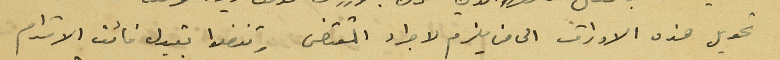
تحويل هذه الاوراق الى من يلزم لاجراء المقتضى وتفضلوا بقبول فائق الاحترام.